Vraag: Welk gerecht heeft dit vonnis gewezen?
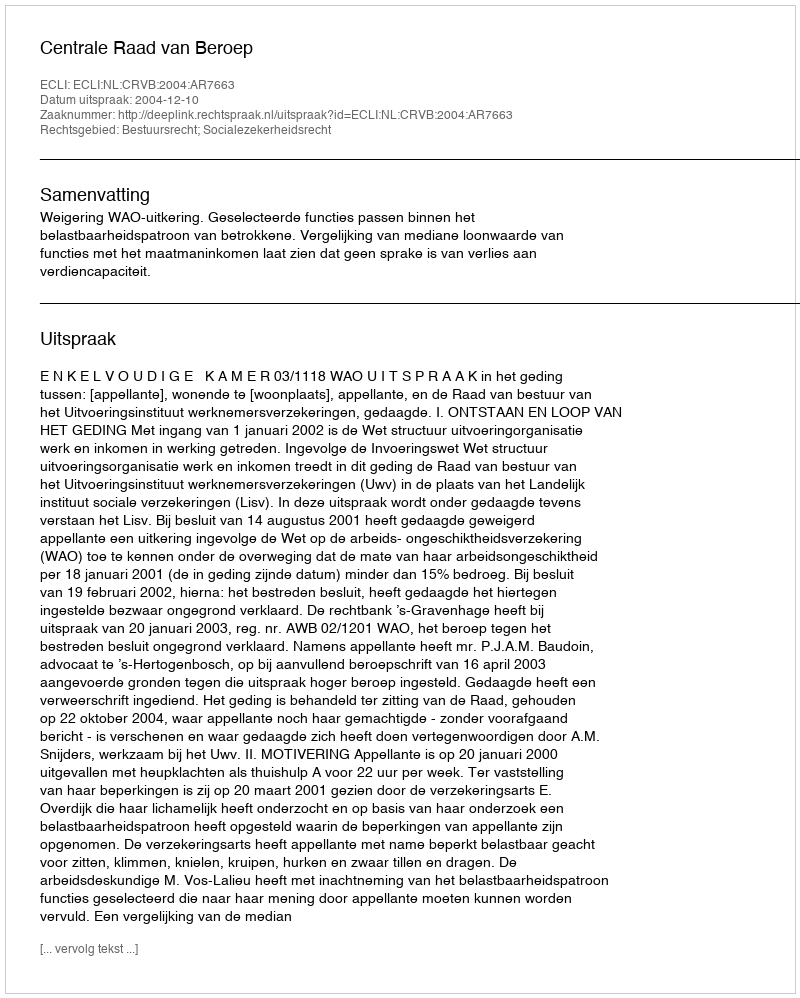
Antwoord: Centrale Raad van Beroep